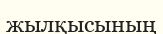
жылқысының